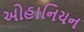
ઓહાનિયન